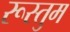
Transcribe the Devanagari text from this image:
रूस्तुम